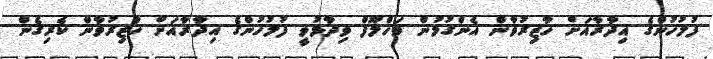
ފުލުހުންގެ އިދާރާއަށް ހާޒިރުވާން އެންގުމުން މަހްލޫފް ވިދާޅުވީ ފުލުހުންގެ އިދާރާއަށް ހާޒިރުވާން ކެރިގެން